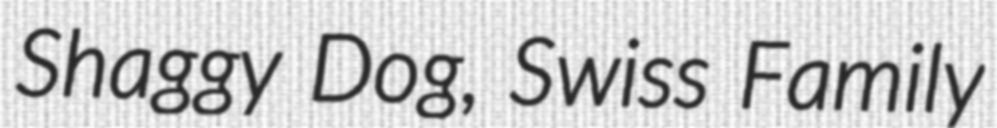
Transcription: Shaggy Dog, Swiss Family